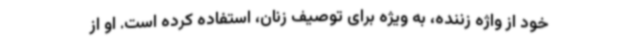
خود از واژه زننده، به ویژه برای توصیف زنان، استفاده کرده است. او از